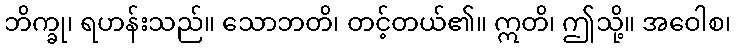
ဘိက္ခု၊ ရဟန်းသည်။ သောဘတိ၊ တင့်တယ်၏။ ဣတိ၊ ဤသို့။ အဝေါစ၊